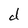
Character: d